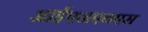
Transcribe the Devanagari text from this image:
आईएनएचएस